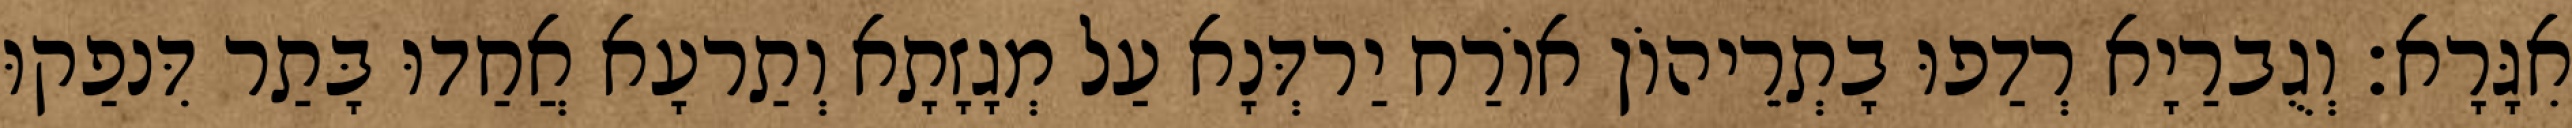
אִגָּרָא׃ וְגֻברַיָא רְדַפוּ בָתְרֵיהוֹן אוֹרַח יַרדְּנָא עַל מְגָזָתָא וְתַרעָא אֲחַדוּ בָּתַר דִּנפַקוּ